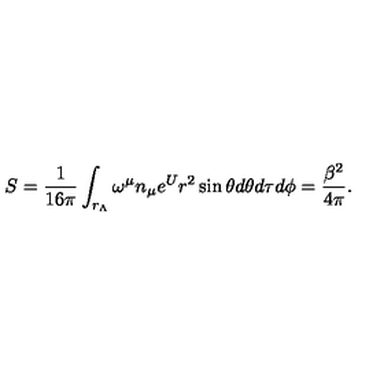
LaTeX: S = { \frac { 1 } { 1 6 \pi } } \int _ { r _ { \Lambda } } \omega ^ { \mu } n _ { \mu } e ^ { U } r ^ { 2 } \sin { \theta } d \theta d \tau d \phi = \frac { \beta ^ { 2 } } { 4 \pi } .